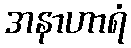
အနာဟာရံ